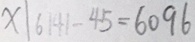
x \vert 6 1 4 1 - 4 5 = 6 0 9 6